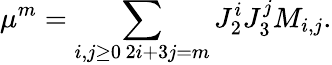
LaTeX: \mu^{m}=\sum_{\substack{i,j\ge 0\, 2i+3j=m}}J_{2}^{i}J_{3}^{j}M_{i,j}.